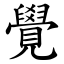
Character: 覺